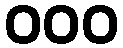
၀၀၀